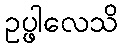
ဥပ္ဖါလေသိ